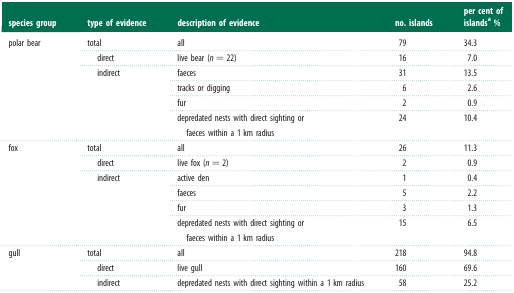
<table><thead><tr><td><b>species group</b></td><td><b>type of evidence</b></td><td><b>description of evidence</b></td><td><b>no. islands</b></td><td><b>per cent of islands<sup>a</sup> %</b></td></tr></thead><tbody><tr><td rowspan="6">polar bear</td><td>total</td><td>all</td><td>79</td><td>34.3</td></tr><tr><td> direct</td><td>live bear (<i>n</i> = 22)</td><td>16</td><td>7.0</td></tr><tr><td rowspan="4"> indirect</td><td>faeces</td><td>31</td><td>13.5</td></tr><tr><td>tracks or digging</td><td>6</td><td>2.6</td></tr><tr><td>fur</td><td>2</td><td>0.9</td></tr><tr><td>depredated nests with direct sighting or faeces within a 1 km radius</td><td>24</td><td>10.4</td></tr><tr><td rowspan="6">fox</td><td>total</td><td>all</td><td>26</td><td>11.3</td></tr><tr><td> direct</td><td>live fox (<i>n</i> = 2)</td><td>2</td><td>0.9</td></tr><tr><td rowspan="4"> indirect</td><td>active den</td><td>1</td><td>0.4</td></tr><tr><td>faeces</td><td>5</td><td>2.2</td></tr><tr><td>fur</td><td>3</td><td>1.3</td></tr><tr><td>depredated nests with direct sighting or faeces within a 1 km radius</td><td>15</td><td>6.5</td></tr><tr><td rowspan="3">gull</td><td>total</td><td>all</td><td>218</td><td>94.8</td></tr><tr><td> direct</td><td>live gull</td><td>160</td><td>69.6</td></tr><tr><td> indirect</td><td>depredated nests with direct sighting within a 1 km radius</td><td>58</td><td>25.2</td></tr></tbody></table>